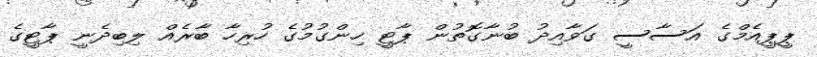
ޕީޕީއެމްގެ އަސާސީ ގަވާއިދު ބުނާގޮތުން ޕާޓީ ހިންގުމުގެ ހުރިހާ ބާރެއް ލިބިދެނީ ޕާޓީގެ